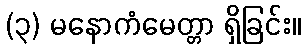
(၃) မနောကံမေတ္တာ ရှိခြင်း။